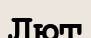
Лют